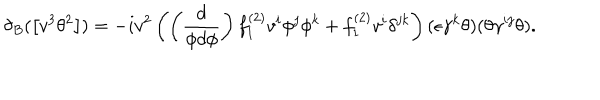
\delta _ { B } ( \left[ v ^ { 3 } \theta ^ { 2 } \right] ) = - i v ^ { 2 } \left( \left( \frac { d } { \phi d \phi } \right) f _ { 1 } ^ { ( 2 ) } v ^ { i } \phi ^ { j } \phi ^ { k } + f _ { 1 } ^ { ( 2 ) } v ^ { i } \delta ^ { j k } \right) ( \epsilon \gamma ^ { k } \theta ) ( \theta \gamma ^ { i j } \theta ) .